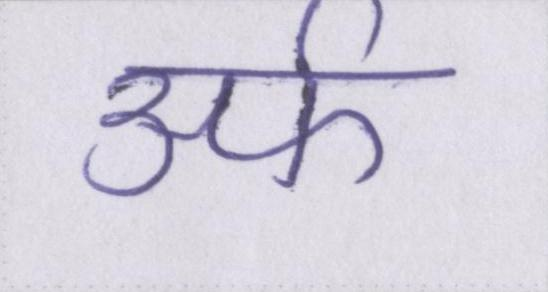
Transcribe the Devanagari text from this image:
उर्फ